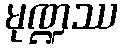
မုဏ္ဍဿ